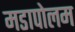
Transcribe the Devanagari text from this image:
मडापोलम